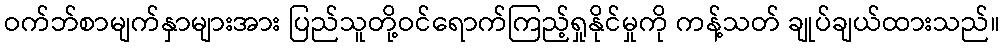
ဝက်ဘ်စာမျက်နှာများအား ပြည်သူတို့ဝင်ရောက်ကြည့်ရှုနိုင်မှုကို ကန့်သတ် ချုပ်ချယ်ထားသည်။